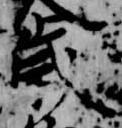
歳